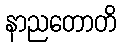
နာညတောတိ